Source: Handwritten
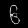
Digit: ၆ (6)